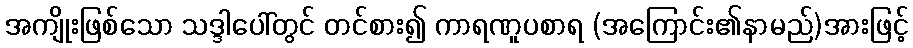
အကျိုးဖြစ်သော သဒ္ဒါပေါ်တွင် တင်စား၍ ကာရဏူပစာရ (အကြောင်း၏နာမည်)အားဖြင့်